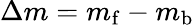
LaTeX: \Delta{m}=m_{\mathrm{f}}-m_{\mathrm{b}}